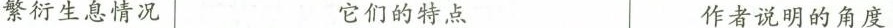
繁衍生息情况 它们的特点 作者说明的角度